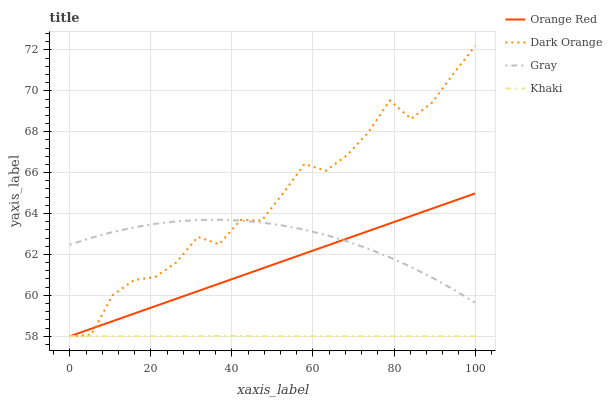
| xaxis_label | Orange Red | Dark Orange | Gray | Khaki |
 | --- | --- | --- | --- | --- |
 | 0 | 58 | 58 | 62.5 | 58 |
 | 5.26 | 58.4 | 58.1 | 62.8 | 58 |
 | 10.5 | 58.7 | 60 | 63.1 | 58 |
 | 15.8 | 59.1 | 60.7 | 63.3 | 58 |
 | 21.1 | 59.5 | 60.9 | 63.5 | 58 |
 | 26.3 | 59.8 | 61.6 | 63.6 | 58 |
 | 31.6 | 60.2 | 62.9 | 63.7 | 58 |
 | 36.8 | 60.6 | 62.5 | 63.7 | 58 |
 | 42.1 | 60.9 | 63.7 | 63.7 | 58 |
 | 47.4 | 61.3 | 63.7 | 63.6 | 58 |
 | 52.6 | 61.7 | 65 | 63.4 | 58 |
 | 57.9 | 62 | 66.4 | 63.2 | 58 |
 | 63.2 | 62.4 | 66.1 | 63 | 58 |
 | 68.4 | 62.8 | 66.9 | 62.6 | 58 |
 | 73.7 | 63.1 | 68 | 62.3 | 58 |
 | 78.9 | 63.5 | 69.5 | 61.9 | 58 |
 | 84.2 | 63.9 | 68.6 | 61.4 | 58 |
 | 89.5 | 64.2 | 69.4 | 60.9 | 58 |
 | 94.7 | 64.6 | 70.9 | 60.3 | 58 |
 | 100 | 65 | 72.2 | 59.6 | 58 |